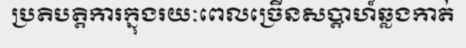
ប្រតិបត្តិការក្នុងរយៈពេលច្រើនសប្តាហ៍ឆ្លងកាត់